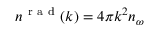
n ^ { \mathrm { ~ r ~ a ~ d ~ } } ( k ) = 4 \pi k ^ { 2 } n _ { \omega }